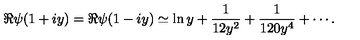
\Re \psi ( 1 + i y ) = \Re \psi ( 1 - i y ) \simeq \ln y + { \frac { 1 } { 1 2 y ^ { 2 } } } + { \frac { 1 } { 1 2 0 y ^ { 4 } } } + \cdots .